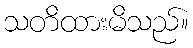
သတိထားမိသည်။